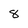
Character: 8